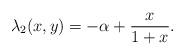
LaTeX: \begin{align*}\lambda_2(x,y) = - \alpha + \frac{x}{1+x}. \end{align*}